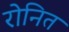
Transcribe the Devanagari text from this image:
रोनित